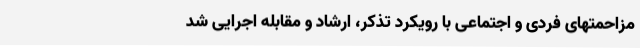
مزاحمتهای فردی و اجتماعی با رویکرد تذکر، ارشاد و مقابله اجرایی شد